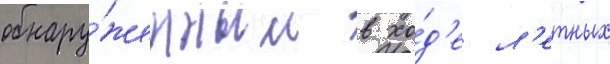
обнару́женным в хо́д'е л'етных